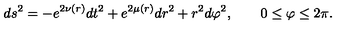
d s ^ { 2 } = - e ^ { 2 \nu ( r ) } d t ^ { 2 } + e ^ { 2 \mu ( r ) } d r ^ { 2 } + r ^ { 2 } d \varphi ^ { 2 } , \quad \quad 0 \leq \varphi \leq 2 \pi .